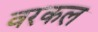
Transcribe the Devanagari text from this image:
वरकल